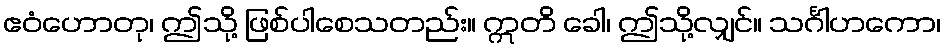
ဧဝံဟောတု၊ ဤသို့ ဖြစ်ပါစေသတည်း။ ဣတိ ခေါ၊ ဤသို့လျှင်။ သင်္ဂါဟကော၊